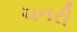
ચનરી